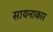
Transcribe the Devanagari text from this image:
सायनाकार